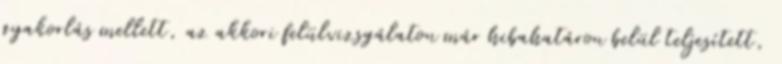
gyakorlás mellett, az akkori felülvizsgálaton már hibahatáron belül teljesített,